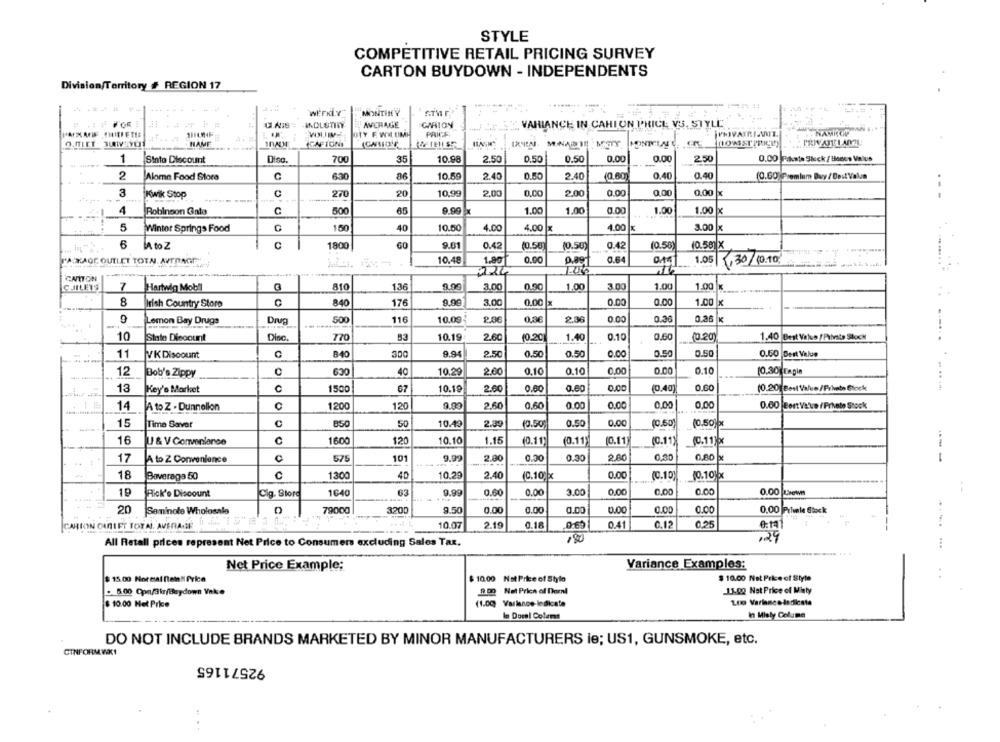
STYLE
COMPETITIVE RETAIL PRICING SURVEY
CARTON BUYDOWN - INDEPENDENTS
Division/Territory # REGION 17
werkLY
ANCRAGE
GARION
J LEST VARIANCE IN CAHION PRICE VS, STYLE
HAFARE CHIEFETE
OTY F WI UMH
PRICE
NAMICON
HAME
(CAFTONI
MONTELA
PRIVATE I ANZL
1
Stato Discount
Diso.
700
35
10.98
2.50
0.50
0.50
0.00
0.00
2.50
0.00 Pate Steck / Bones Valus
2
Aloma Food Stora
C
6:30
86
10.50
2.40
0.50
2.40
10.60
0.40
0.40
(0.60 Premium Buy / Best Valam
3
Kwik Stop
C
270
20
10.99
2.00
0.00
2.00
0.00
0.00
0.00 x
4
Robinson Gale
C
500
65
9.99 x
1.00
1.00
0.00
1.00
1.00 x
5
Winter Springs Food
150
40
10.50
4.00
4.00 x
4.00 x
3.00 x
6
C
1800
9.01
0.42
(0.50)
0.42
(0.50)
10.58] X
A to Z
(0.58)
T'A KAGE OUTLET TOTAL. AVERAGE".
10.48
1.80
0.00
0.89
0.64
1.05 .30/ 10.10.
CANTON
CHALETS
7
Hartwig Mobil
810
1.36
9.99
3.00
0.50
1.00
3.00
1.00
1.00 x
8
Irish Country Store
840
176
9.99
3.00
0.00 x
0.00
0.00
1.00 x
9
Lemon Bay Drugs
Drug
500
116
10.09
P.RE
0.3€
2.06
0.00
0.36
0.26 K
-
10
State Discount
Disc.
770
10.19
2.60
(0.20]
1.40
0.10
0.60
(0.20)
1.40 Best Value /Private Stock
.-...
11
VK Discount
840
300
9.9
2.50
0.50
0.50
0.00
0.50
0.50
0.50
Best Value
12
630
40
10.29
2.60
0,10
0.10
0,00
0.00
0.10
10.30 Fagin
Bob's Zippy
13
Key's Market
C
1500
67
10.19
2.00
0.00
0.60
0.00
(0.40
0.60
(0.20 Best Value /Private Block
14
A to Z . Dunnellon
1200
120
2.60
0.60
0.00
0.00
0,00
0,00
0.00 Bort Vi've / Private Stock
15
Time Saver
C
850
50
10.49
2.39
(0.50
0.50
0.00
(0.60)
(0.50]*x
16
U & V Convenience
c
1600
120
10.10
1.15
(0.11)
(0.11)
(0.11
(C.11)
(0.11)bx
17
A to Z Convenience
C
575
101
9.99
2.80
0.30
0.30
2.80
0,30
0.80 x
18
C
13:00
40
10.29
2.40
0.00
(0.10)
(0.10]x
Baveraga 50
(0.10 x
19
Pick'e Discount
Cig. Store
1640
63
9.99
0.60
--
0.00
3.00
0.00
0.00
0.00
0.00 Low
20
Seminole Wholesale
79000
3200
9.50
0.00
0.00
0.00
0.00
0.00
0.00
0.00 Privele Stock
ION CANIET TOTAL. AVERAGE
10.07
2.19
0.18
0.41
0.12
0,25
--
,80
,24
All Retall prices represent Net Price to Consumers excluding Sales Tax.
Variance Examples:
Net Price Example:
$ 15.00 Normal neta" Price
$ 10.00 Not Price of Stylo
$ 10.00 Net Price of Style
. .
.. 5.00 Cpn/3kr/Baydown Vak.
Not Price of Derni
11.02 Nat Price of Misty
(1.00)
100 Variance-dedicate
$ 10.00 Het Price
Varlanoe le dicate
In Dora! Colems
In Misly Celume
DO NOT INCLUDE BRANDS MARKETED BY MINOR MANUFACTURERS le; US1, GUNSMOKE, etc.
CINFORMWKI
92571165